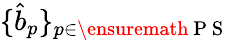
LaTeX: \{ \hat{b}_{p}\} _{p\in\ensuremath{\mathrm{~P~S~}}}